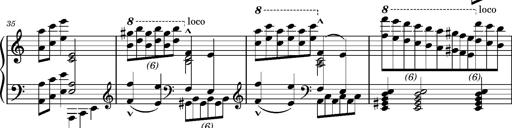
Title: RÃ¡kÃ³czi-Marsch, S.692d
Composer: Franz Liszt
Key: A minor